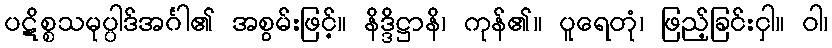
ပဋိစ္စသမုပ္ပါဒ်အင်္ဂါ၏ အစွမ်းဖြင့်။ နိဒ္ဒိဋ္ဌာနိ၊ ကုန်၏။ ပူရေတုံ၊ ဖြည့်ခြင်းငှါ။ ဝါ၊